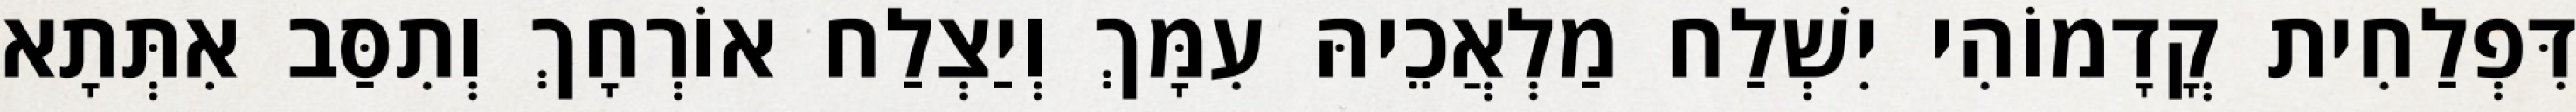
דִּפְלַחִית קֳדָמוֹהִי יִשְׁלַח מַלְאֲכֵיהּ עִמָּךְ וְיַצְלַח אוֹרְחָךְ וְתִסַּב אִתְּתָא